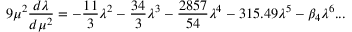
9 \mu ^ { 2 } \frac { d \lambda } { d \mu ^ { 2 } } = - \frac { 1 1 } { 3 } \lambda ^ { 2 } - \frac { 3 4 } { 3 } \lambda ^ { 3 } - \frac { 2 8 5 7 } { 5 4 } \lambda ^ { 4 } - 3 1 5 . 4 9 \lambda ^ { 5 } - \beta _ { 4 } \lambda ^ { 6 } . . .